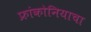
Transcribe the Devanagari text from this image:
फ्रांकोनियाचा